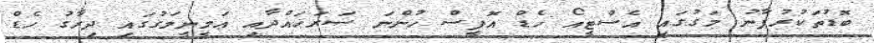
ބޮޑުތަކުރުފާނު މަގުގައި އެސްޓީއޯ ހެޑް އޮފީސް ހުންނަ ސަރަހައްދާއި އަމީނީމަގުގައި ދިރާގު ހެޑް